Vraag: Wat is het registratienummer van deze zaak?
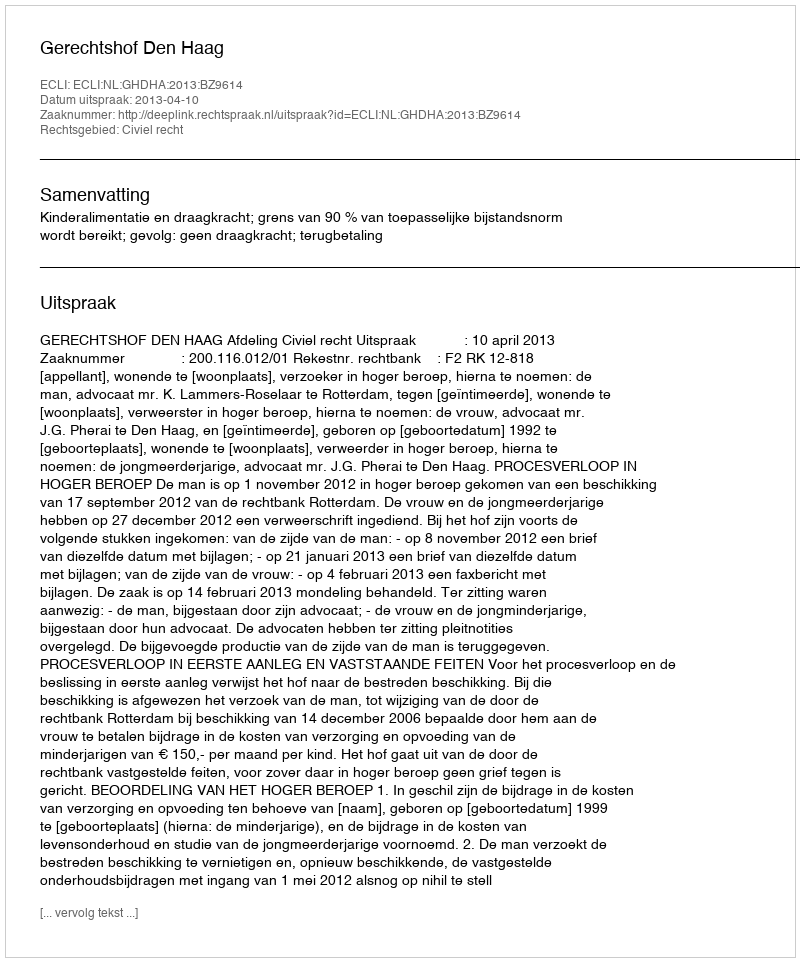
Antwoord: http://deeplink.rechtspraak.nl/uitspraak?id=ECLI:NL:GHDHA:2013:BZ9614